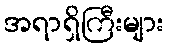
အရာရှိကြီးများ